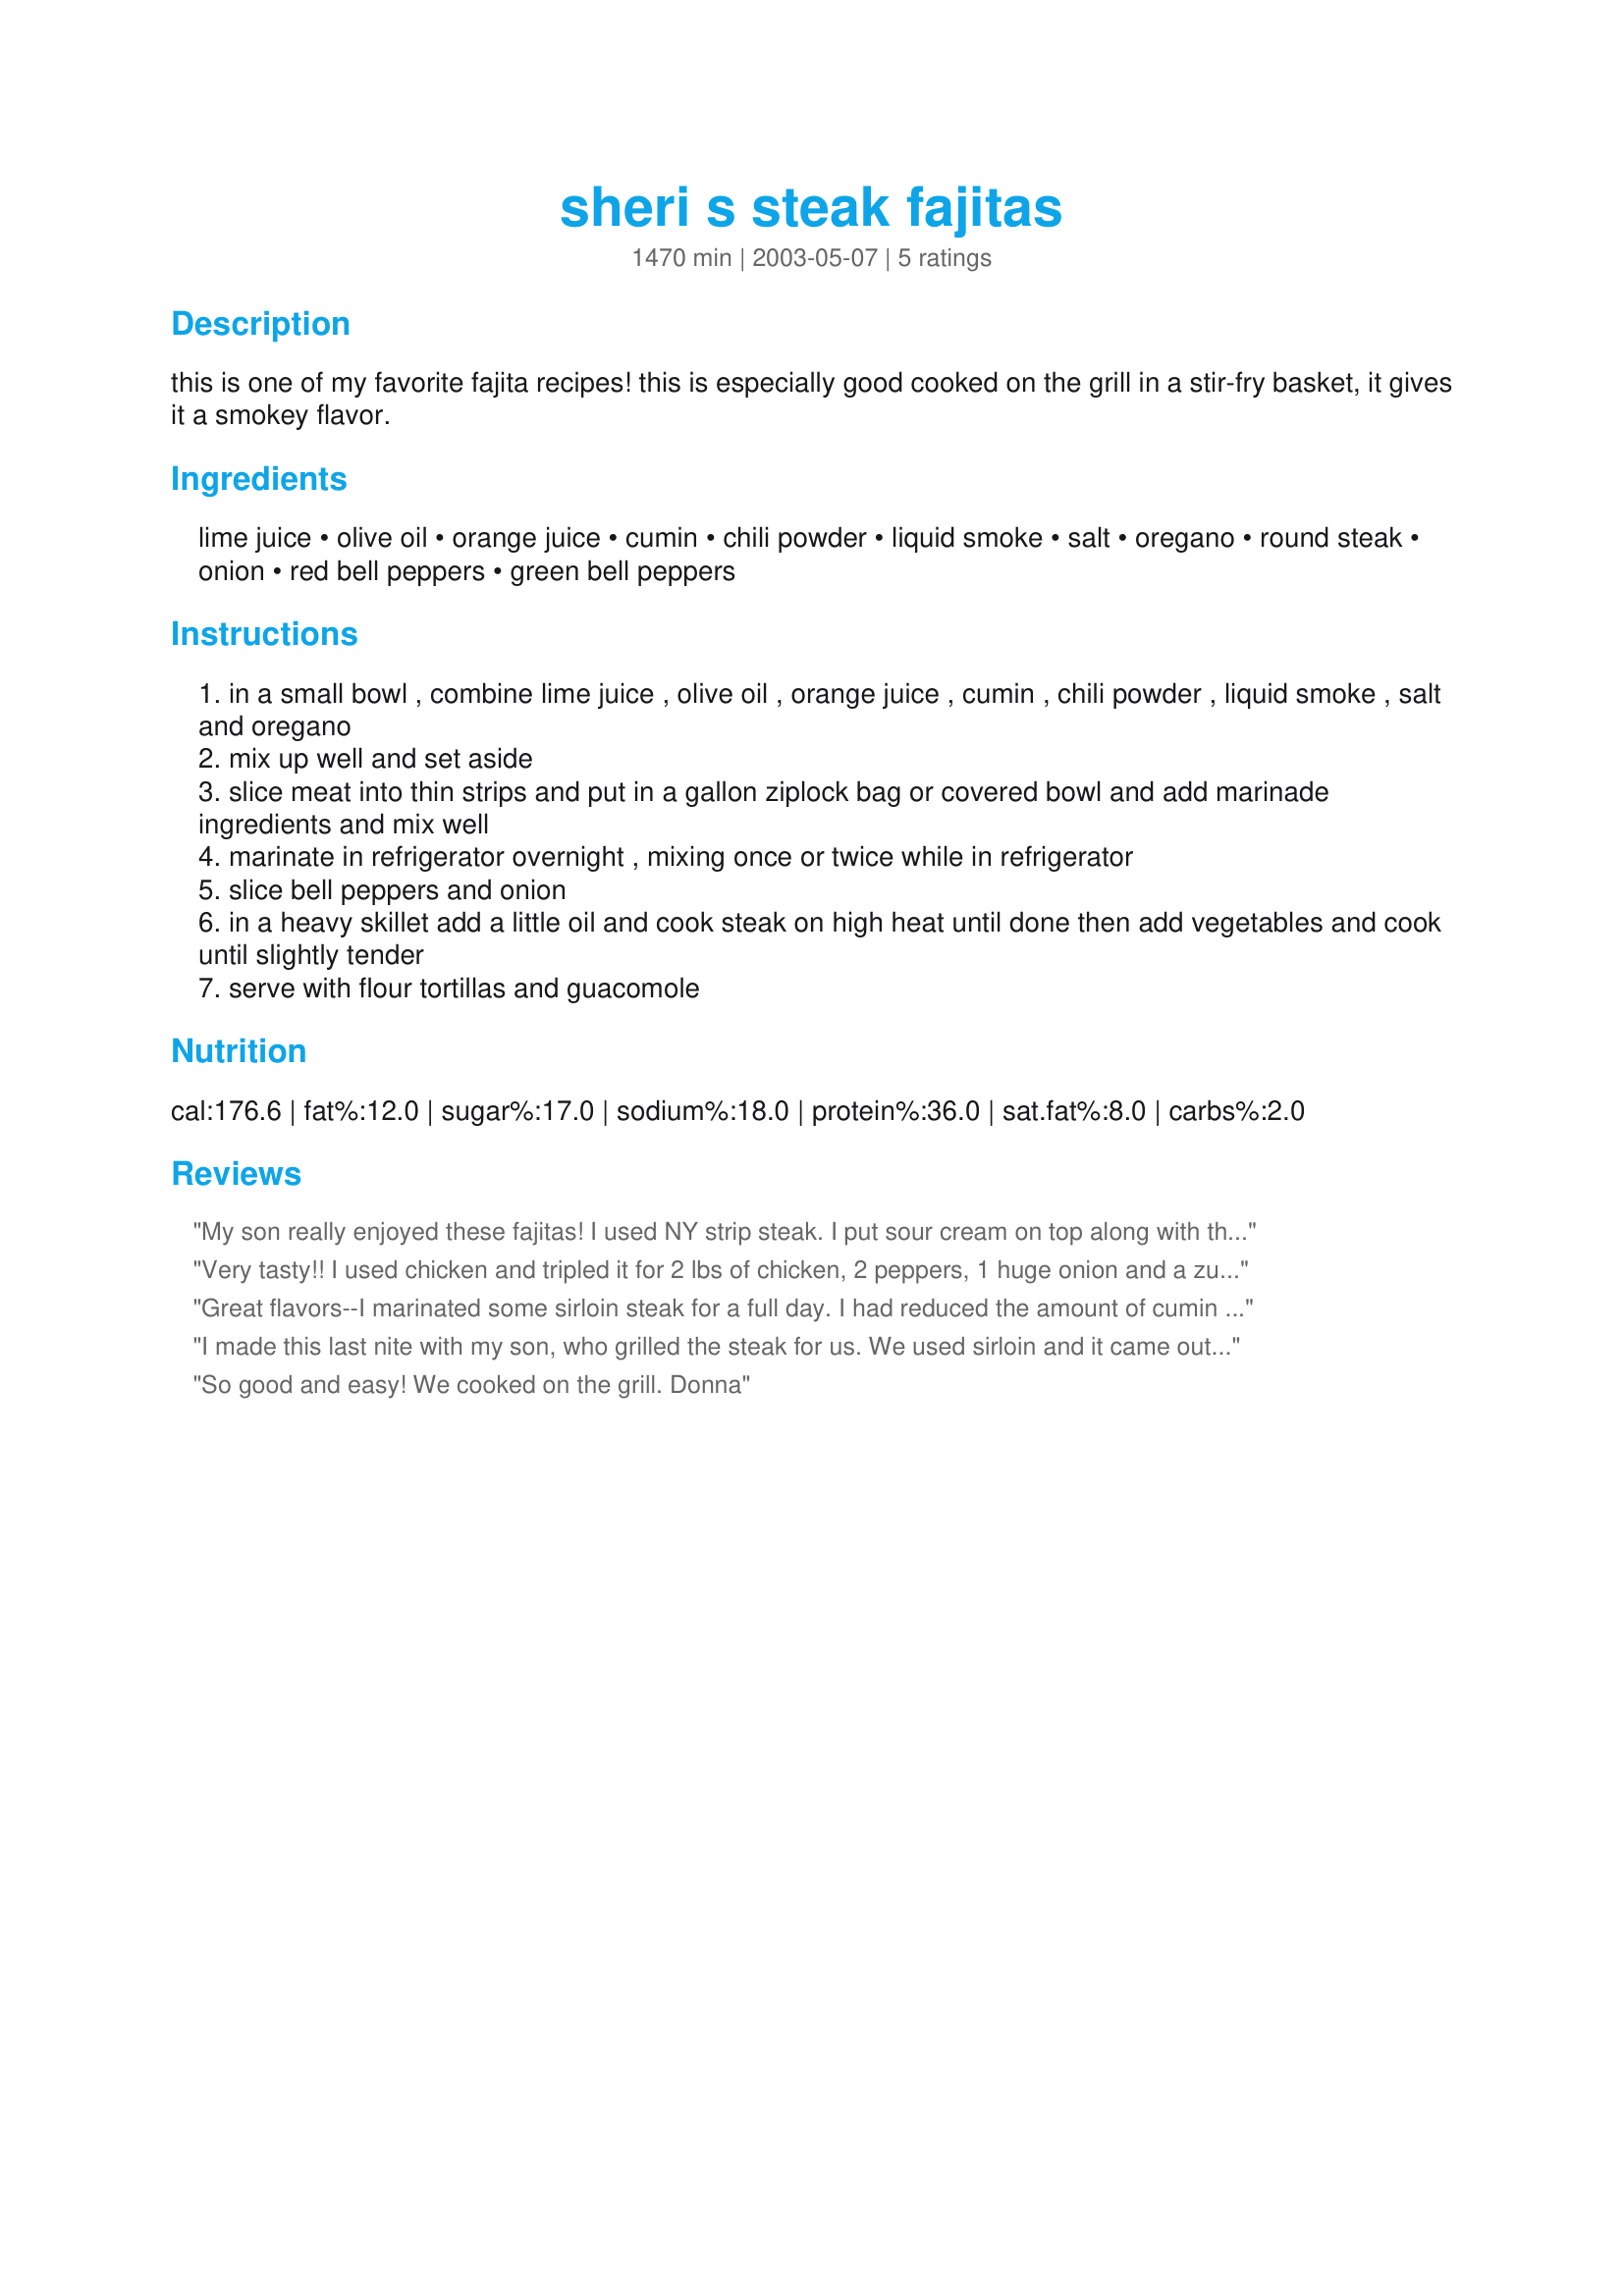
sheri s steak fajitas
Preparation time: 1470 minutes

this is one of my favorite fajita recipes! this is especially good cooked on the grill in a stir-fry basket, it gives it a smokey flavor.

Ingredients:
lime juice, olive oil, orange juice, cumin, chili powder, liquid smoke, salt, oregano, round steak, onion, red bell peppers, green bell peppers

Steps:
in a small bowl , combine lime juice , olive oil , orange juice , cumin , chili powder , liquid smoke , salt and oregano
mix up well and set aside
slice meat into thin strips and put in a gallon ziplock bag or covered bowl and add marinade ingredients and mix well
marinate in refrigerator overnight , mixing once or twice while in refrigerator
slice bell peppers and onion
in a heavy skillet add a little oil and cook steak on high heat until done then add vegetables and cook until slightly tender
serve with flour tortillas and guacomole

Reviews:
My son really enjoyed these fajitas! I used NY strip steak. I put sour cream on top along with the guacamole. Thank you Sheri!
Very tasty!! I used chicken and tripled it for 2 lbs of chicken, 2 peppers, 1 huge onion and a zucchini, but i didn't triple the liquid smoke, just doubled. I might try to add a bit of brown sugar next time, but it was really good as is. I also added some garlic powder.
Great flavors--I marinated some sirloin steak for a full day. I had reduced the amount of cumin as sometimes I find it overpowering but think the full amount would have been fine here.
I made this last nite with my son, who grilled the steak for us. We used sirloin and it came out awesome. The seasonings are perfect! We have tried so many different fajita recipes and I think the orange/lime juice combination is unique. We marinated the meat, whole, for two hours and then grilled it before slicing. It was very tender and tasty. Thanks for a wonderful recipe.
So good and easy! We cooked on the grill.
Donna
